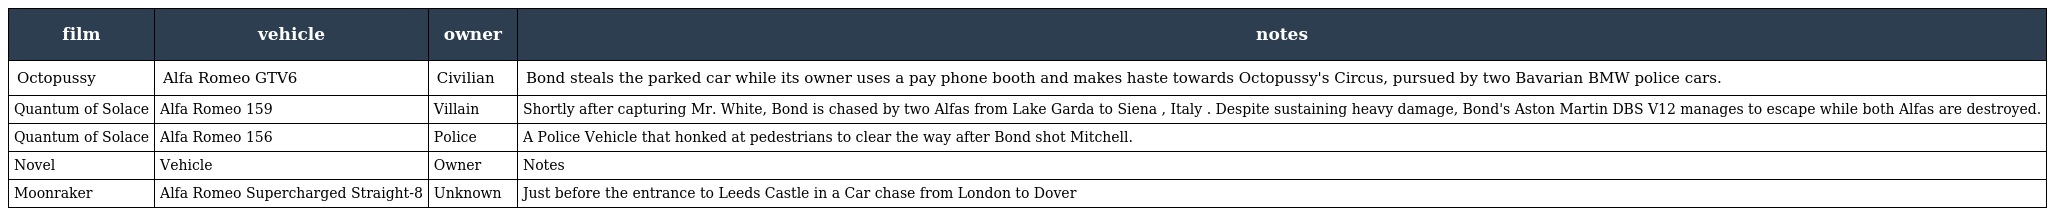
| film | vehicle | owner | notes |
 | --- | --- | --- | --- |
 | Octopussy | Alfa Romeo GTV6 | Civilian | Bond steals the parked car while its owner uses a pay phone booth and makes haste towards Octopussy's Circus, pursued by two Bavarian BMW police cars. |
 | Quantum of Solace | Alfa Romeo 159 | Villain | Shortly after capturing Mr. White, Bond is chased by two Alfas from Lake Garda to Siena , Italy . Despite sustaining heavy damage, Bond's Aston Martin DBS V12 manages to escape while both Alfas are destroyed. |
 | Quantum of Solace | Alfa Romeo 156 | Police | A Police Vehicle that honked at pedestrians to clear the way after Bond shot Mitchell. |
 | Novel | Vehicle | Owner | Notes |
 | Moonraker | Alfa Romeo Supercharged Straight-8 | Unknown | Just before the entrance to Leeds Castle in a Car chase from London to Dover |